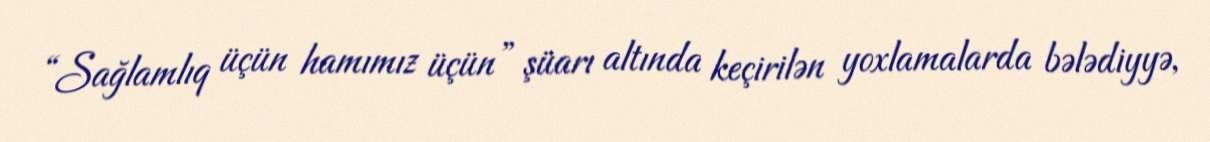
“Sağlamlıq üçün hamımız üçün” şüarı altında keçirilən yoxlamalarda bələdiyyə,